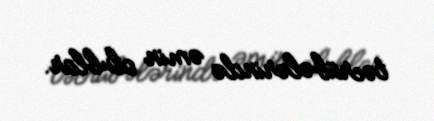
təcrübələrində əmin olublar.